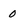
Character: 0